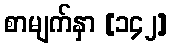
စာမျက်နှာ [၁၄၂]